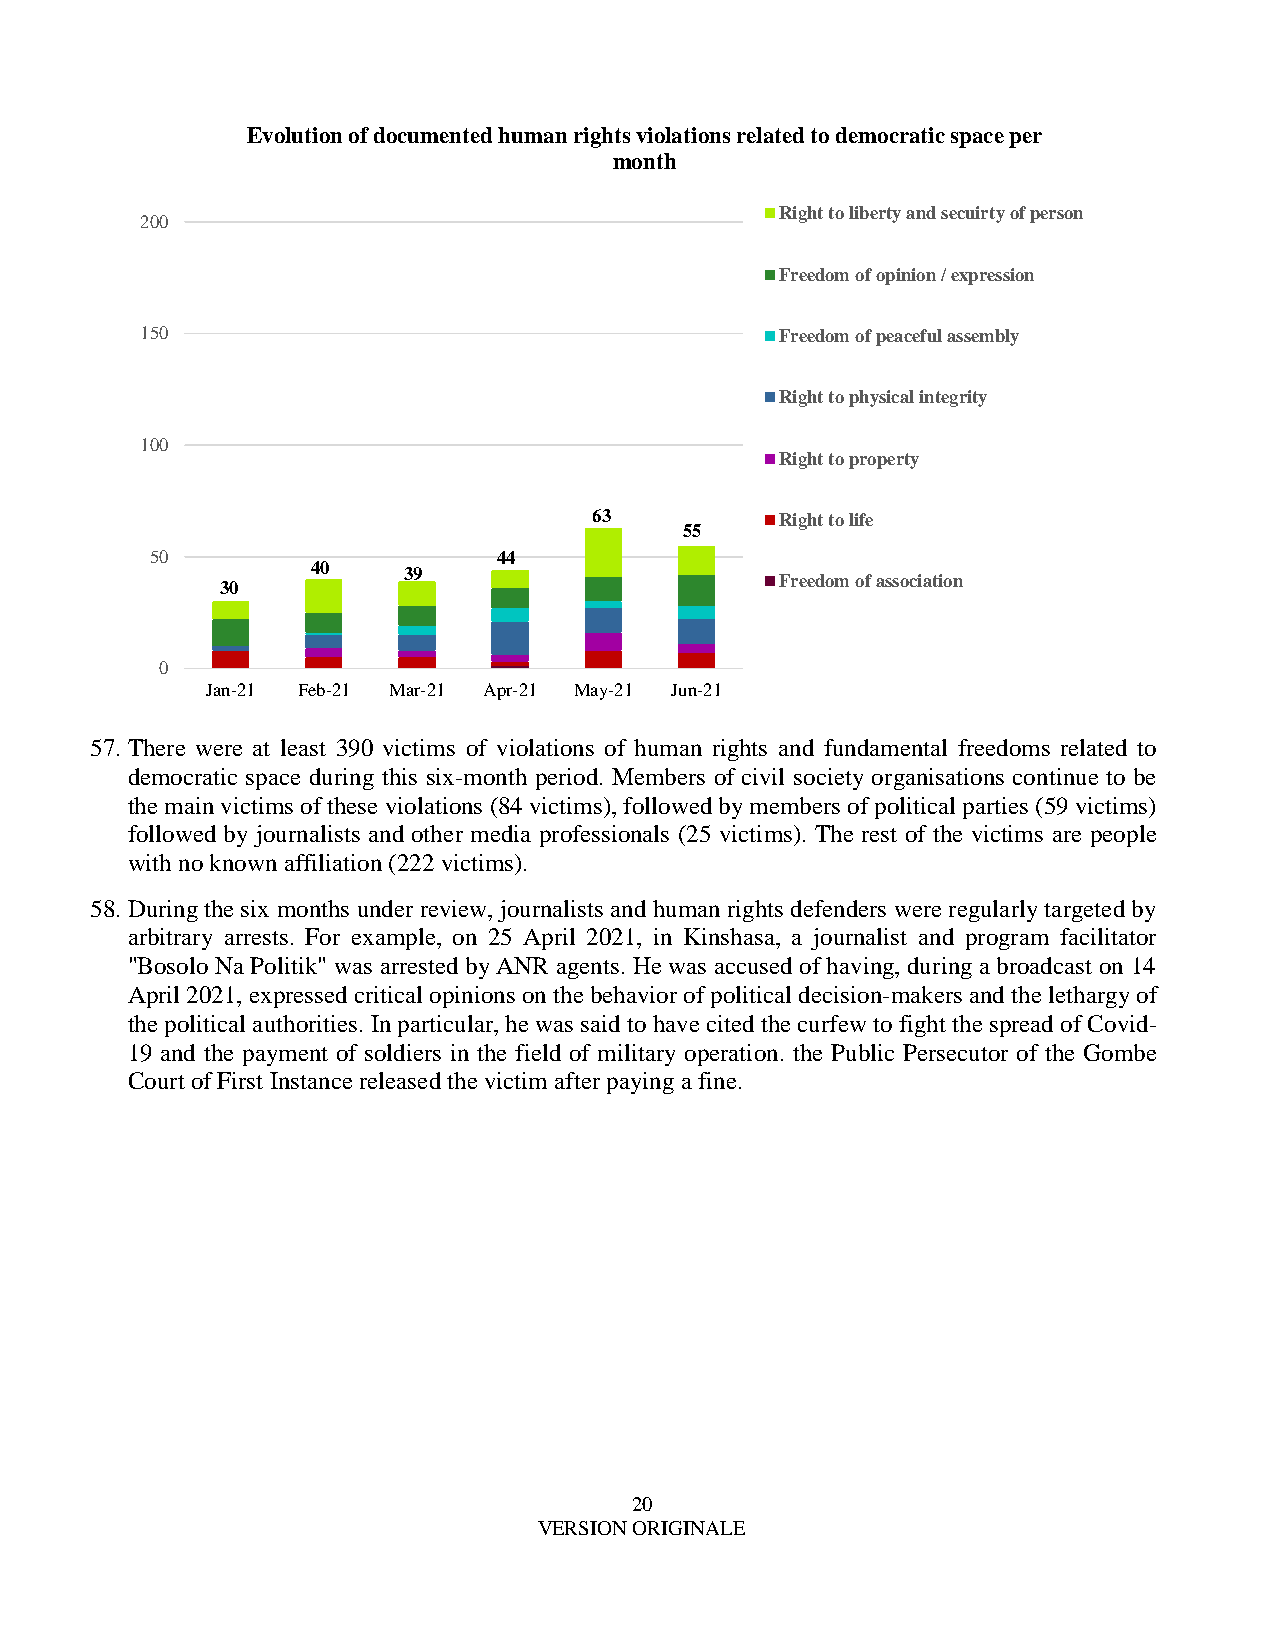
Evolution of documented human rights violations related to democratic space per
 month
 Right to liberty and secuirty of person
 200
 Freedom of opinion / expression
 150                                        Freedom of peaceful assembly
 Right to physical integrity
 100
 Right to property
 63           Right to life
 55
 50                     44
 40
 39
 Freedom of association
 30
 0
 Jan-21 Feb-21 Mar-21 Apr-21 May-21 Jun-21
 57. There were at least 390 victims of violations of human rights and fundamental freedoms related to
 democratic space during this six-month period. Members of civil society organisations continue to be
 the main victims of these violations (84 victims), followed by members of political parties (59 victims)
 followed by journalists and other media professionals (25 victims). The rest of the victims are people
 with no known affiliation (222 victims).
 58. During the six months under review, journalists and human rights defenders were regularly targeted by
 arbitrary arrests. For example, on 25 April 2021, in Kinshasa, a journalist and program facilitator
 "Bosolo Na Politik" was arrested by ANR agents. He was accused of having, during a broadcast on 14
 April 2021, expressed critical opinions on the behavior of political decision-makers and the lethargy of
 the political authorities. In particular, he was said to have cited the curfew to fight the spread of Covid-
 19 and the payment of soldiers in the field of military operation. the Public Persecutor of the Gombe
 Court of First Instance released the victim after paying a fine.
 20
 VERSION ORIGINALE